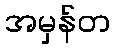
အမှန်တ